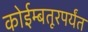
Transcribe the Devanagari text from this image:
कोईम्बतूरपर्यंत